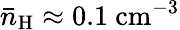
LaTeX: \bar{n}_{\mathrm{H}}\approx 0.1~\mathrm{cm}^{-3}